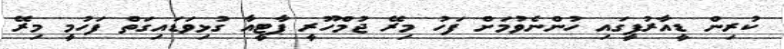
ކުރިން ޑީއާރުޕީގައި ހުންނެވުމަށް ފަހު މިރޭ ޖުމްހޫރީ ޕާޓީއާ ގުޅިވަޑައިގަތް ފަހުމީ މިރޭ